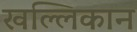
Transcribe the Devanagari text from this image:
खल्लिकान